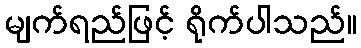
မျက်ရည်ဖြင့် ရိုက်ပါသည်။